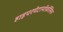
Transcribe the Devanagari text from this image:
हाइपरमेटामॉर्फ़ोसिस